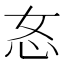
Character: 㣽